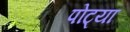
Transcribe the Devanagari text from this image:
पोट्या